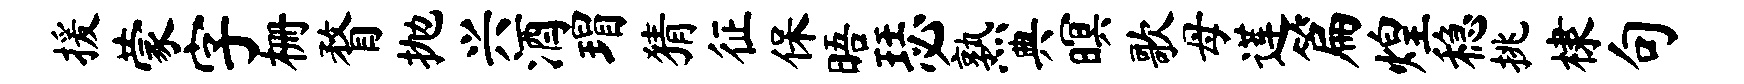
援蒙字栅瞀抛兴酒瑁猜征保晤瑟熟典暝歌母莲篇煌稳挑棣句